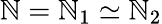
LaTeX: \mathbb{N}=\mathbb{N}_{1}\simeq\mathbb{N}_{2}